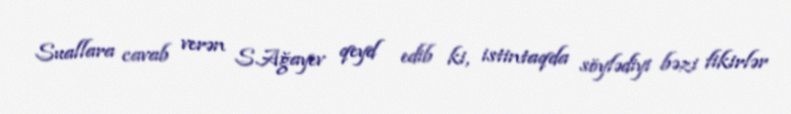
Suallara cavab verən S.Ağayev qeyd edib ki, istintaqda söylədiyi bəzi fikirlər